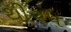
થી૨૫